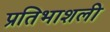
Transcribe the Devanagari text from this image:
प्रतिभाशली